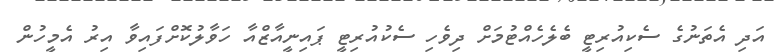
އަދި އެތަނުގެ ސެކިއުރިޓީ ބެލެހެއްޓުމަށް ދިވެހި ސެކުއުރިޓީ ޕައިނީއާޒްއާ ހަވާލުކޮށްފައިވާ އިރު އެމީހުން